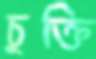
চুক্তি